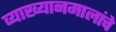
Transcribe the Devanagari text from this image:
व्याख्यानमालांचे